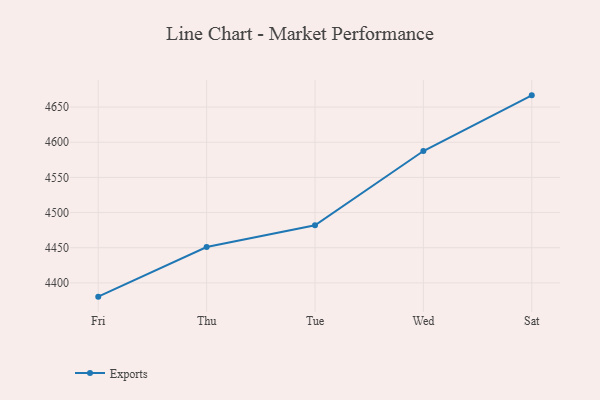
{"axis": {"x": "Day", "y": "Satisfaction Score"}, "legend": ["Exports"], "data": [{"x": "Fri", "y": 4380.4, "type": "Exports"}, {"x": "Thu", "y": 4450.9, "type": "Exports"}, {"x": "Tue", "y": 4482.0, "type": "Exports"}, {"x": "Wed", "y": 4587.5, "type": "Exports"}, {"x": "Sat", "y": 4666.7, "type": "Exports"}]}